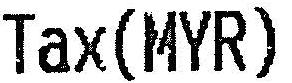
TAX(MYR)